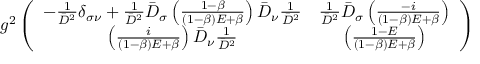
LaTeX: g ^ { 2 } \left( \begin{array} { c c } { { - \frac { 1 } { \bar { D } ^ { 2 } } \delta _ { \sigma \nu } + \frac { 1 } { \bar { D } ^ { 2 } } \bar { D } _ { \sigma } \left( \frac { 1 - \beta } { ( 1 - \beta ) E + \beta } \right) \bar { D } _ { \nu } \frac { 1 } { \bar { D } ^ { 2 } } } } & { { \frac { 1 } { \bar { D } ^ { 2 } } \bar { D } _ { \sigma } \left( \frac { - i } { ( 1 - \beta ) E + \beta } \right) } } \\ { { \left( \frac { i } { ( 1 - \beta ) E + \beta } \right) \bar { D } _ { \nu } \frac { 1 } { \bar { D } ^ { 2 } } } } & { { \left( \frac { 1 - E } { ( 1 - \beta ) E + \beta } \right) } } \end{array} \right)